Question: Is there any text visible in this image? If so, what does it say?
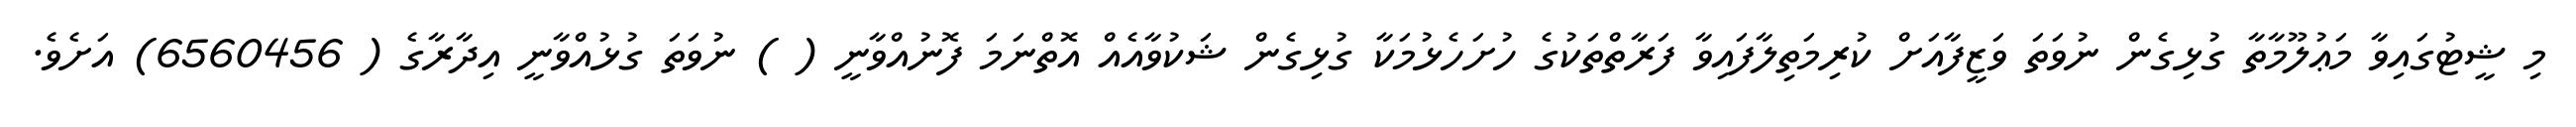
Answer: މި ޝީޓުގައިވާ މަޢުލޫމާތާ ގުޅިގެން ނުވަތަ ވަޒީފާއަށް ކުރިމަތިލާފައިވާ ފަރާތްތަކުގެ ހުށަހެޅުމަކާ ގުޅިގެން ޝަކުވާއެއް އޮތްނަމަ ފޮނުއްވާނީ ( ) ނުވަތަ ގުޅުއްވާނީ އިދާރާގެ ( 6560456) އަށެވެ.